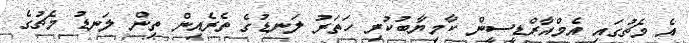
އެ މެޗުގައި އެމްއާރްޑީސީން ކާމިޔާބުކުރި ހަތަރު ލަނޑުގެ ތެރެއިން ތިން ލަނޑު މެޗުގެ